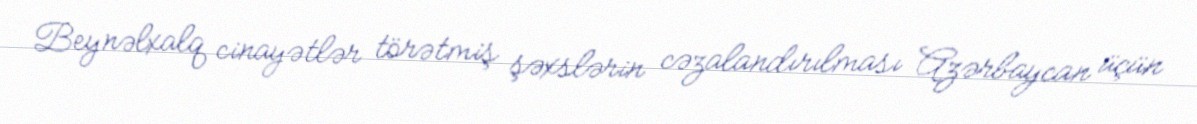
Beynəlxalq cinayətlər törətmiş şəxslərin cəzalandırılması Azərbaycan üçün